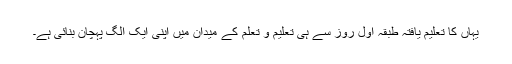
یہاں کا تعلیم یافتہ طبقہ اوّل روز سے ہی تعلیم و تعلّم کے میدان میں اپنی ایک الگ پہچان بنائی ہے۔